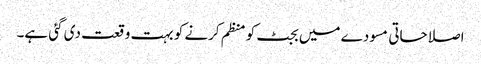
اصلاحاتی مسودے میں بجٹ کو منظم کرنے کو بہت وقعت دی گئی ہے۔